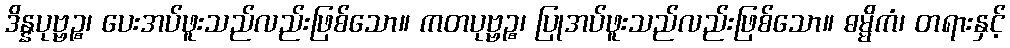
ဒိန္နပုဗ္ဗဉ္စ၊ ပေးအပ်ဖူးသည်လည်းဖြစ်သော။ ကတပုဗ္ဗဉ္စ၊ ပြုအပ်ဖူးသည်လည်းဖြစ်သော။ ဓမ္မိကံ၊ တရားနှင့်